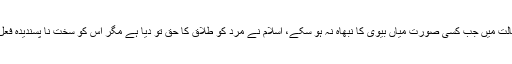
بیشک ایسی حالت میں جب کسی صورت میاں بیوی کا نبھاہ نہ ہو سکے، اسلام نے مرد کو طلاق کا حق تو دیا ہے مگر اس کو سخت نا پسندیدہ فعل قرار دیا ہے۔